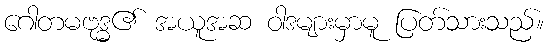
ဂေါတမဗုဒ္ဓ၏ အယူအဆ ဝါဒများမှာမူ ပြတ်သားသည်။